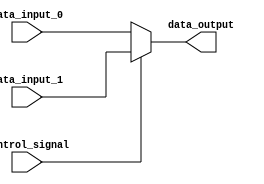
module mux #(parameter N = 8) (
    input wire [N-1:0] data_input_0,
    input wire [N-1:0] data_input_1,
    input wire control_signal,
    output reg [N-1:0] data_output
);

always @(*) begin
    if(control_signal == 1'b0) begin
        data_output = data_input_0;
    end
    else begin
        data_output = data_input_1;
    end
end

endmodule